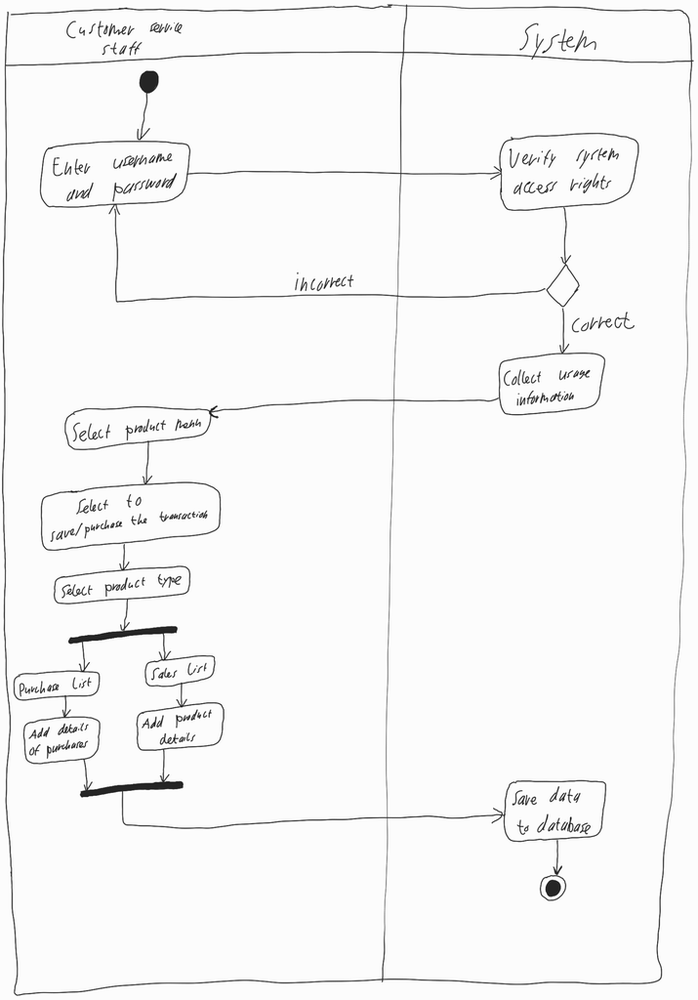
Diagram type: activity_diagram
```plantuml
@startuml

|Customer Service Staff|

start

repeat:Enter username and password;
  |System|
  :Verify system access rights;
repeat while () is (incorrect) not (correct)

:Collect usage information;

|Customer Service Staff|

:Select product menu;

:Select to save/purchase the transaction;

:Select product type;

fork
  :Purchase list;
  :Add details of purchases;
fork again
  :Sales list;
  :Add product details;
end fork

|System|

:Save data to database;

stop

@enduml
```